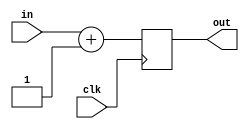
`timescale 1ns / 1ps

module increament(
	output reg [7:0] out,

	input [7:0] in,
	input clk
);

	always @(posedge clk)
		out = in + 1;

endmodule